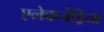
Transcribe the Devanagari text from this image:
एलेकजेंड्रिया